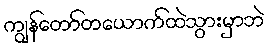
ကျွန်တော်တယောက်ထဲသွားမှာဘဲ